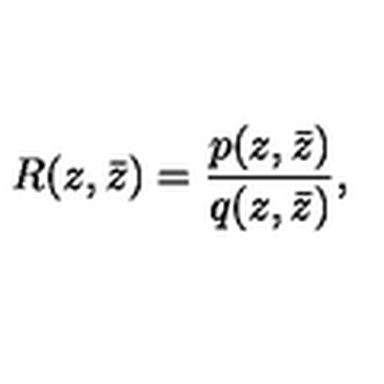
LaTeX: R ( z , \bar { z } ) = \frac { p ( z , \bar { z } ) } { q ( z , \bar { z } ) } ,